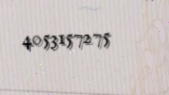
4053157275